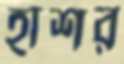
হাশর